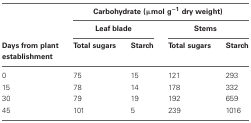
<table><thead><tr><td>[EMPTY_CELL]</td><td colspan="4"><b>Carbohydrate (μmol g<sup>−1</sup> dry weight)</b></td></tr><tr><td>[EMPTY_CELL]</td><td colspan="2"><b>Leaf blade</b></td><td colspan="2"><b>Stems</b></td></tr><tr><td><b>Days from plant establishment</b></td><td><b>Total sugars</b></td><td><b>Starch</b></td><td><b>Total sugars</b></td><td><b>Starch</b></td></tr></thead><tbody><tr><td>0</td><td>75</td><td>15</td><td>121</td><td>293</td></tr><tr><td>15</td><td>78</td><td>14</td><td>178</td><td>332</td></tr><tr><td>30</td><td>79</td><td>19</td><td>192</td><td>659</td></tr><tr><td>45</td><td>101</td><td>5</td><td>239</td><td>1016</td></tr></tbody></table>